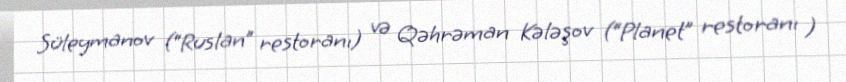
Süleymanov (“Ruslan” restoranı) və Qəhrəman Kələşov (“Planet” restoranı )